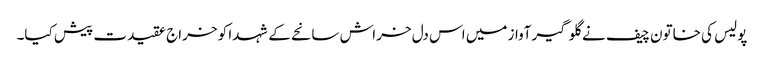
پولیس کی خاتون چیف نے گلوگیر آواز میں اس دل خراش سانحے کے شہدا کو خراج عقیدت پیش کیا۔